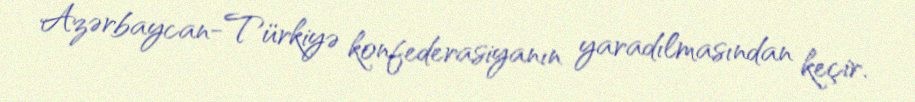
Azərbaycan-Türkiyə konfederasiyanın yaradılmasından keçir.